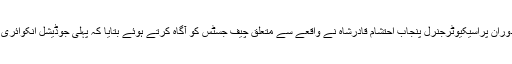
عدالت عظمیٰ میں سماعت کے دوران پراسیکیوٹرجنرل پنجاب احتشام قادرشاہ نے واقعے سے متعلق چیف جسٹس کو آگاہ کرتے ہوئے بتایا کہ پہلی جوڈیشل انکوائری میں یکطرفہ کارروائی کی گئی۔